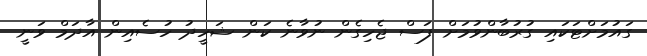
ގައުމަށްޓަކައި ގުރުބާންވުމަށް ފަސް ޖެހިގެން ނުވާނެ ކަން ޝަހީދު ހުސެއިން އާދަމް ވަނީ